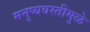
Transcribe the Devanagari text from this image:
मनुष्यवस्तीमुळे